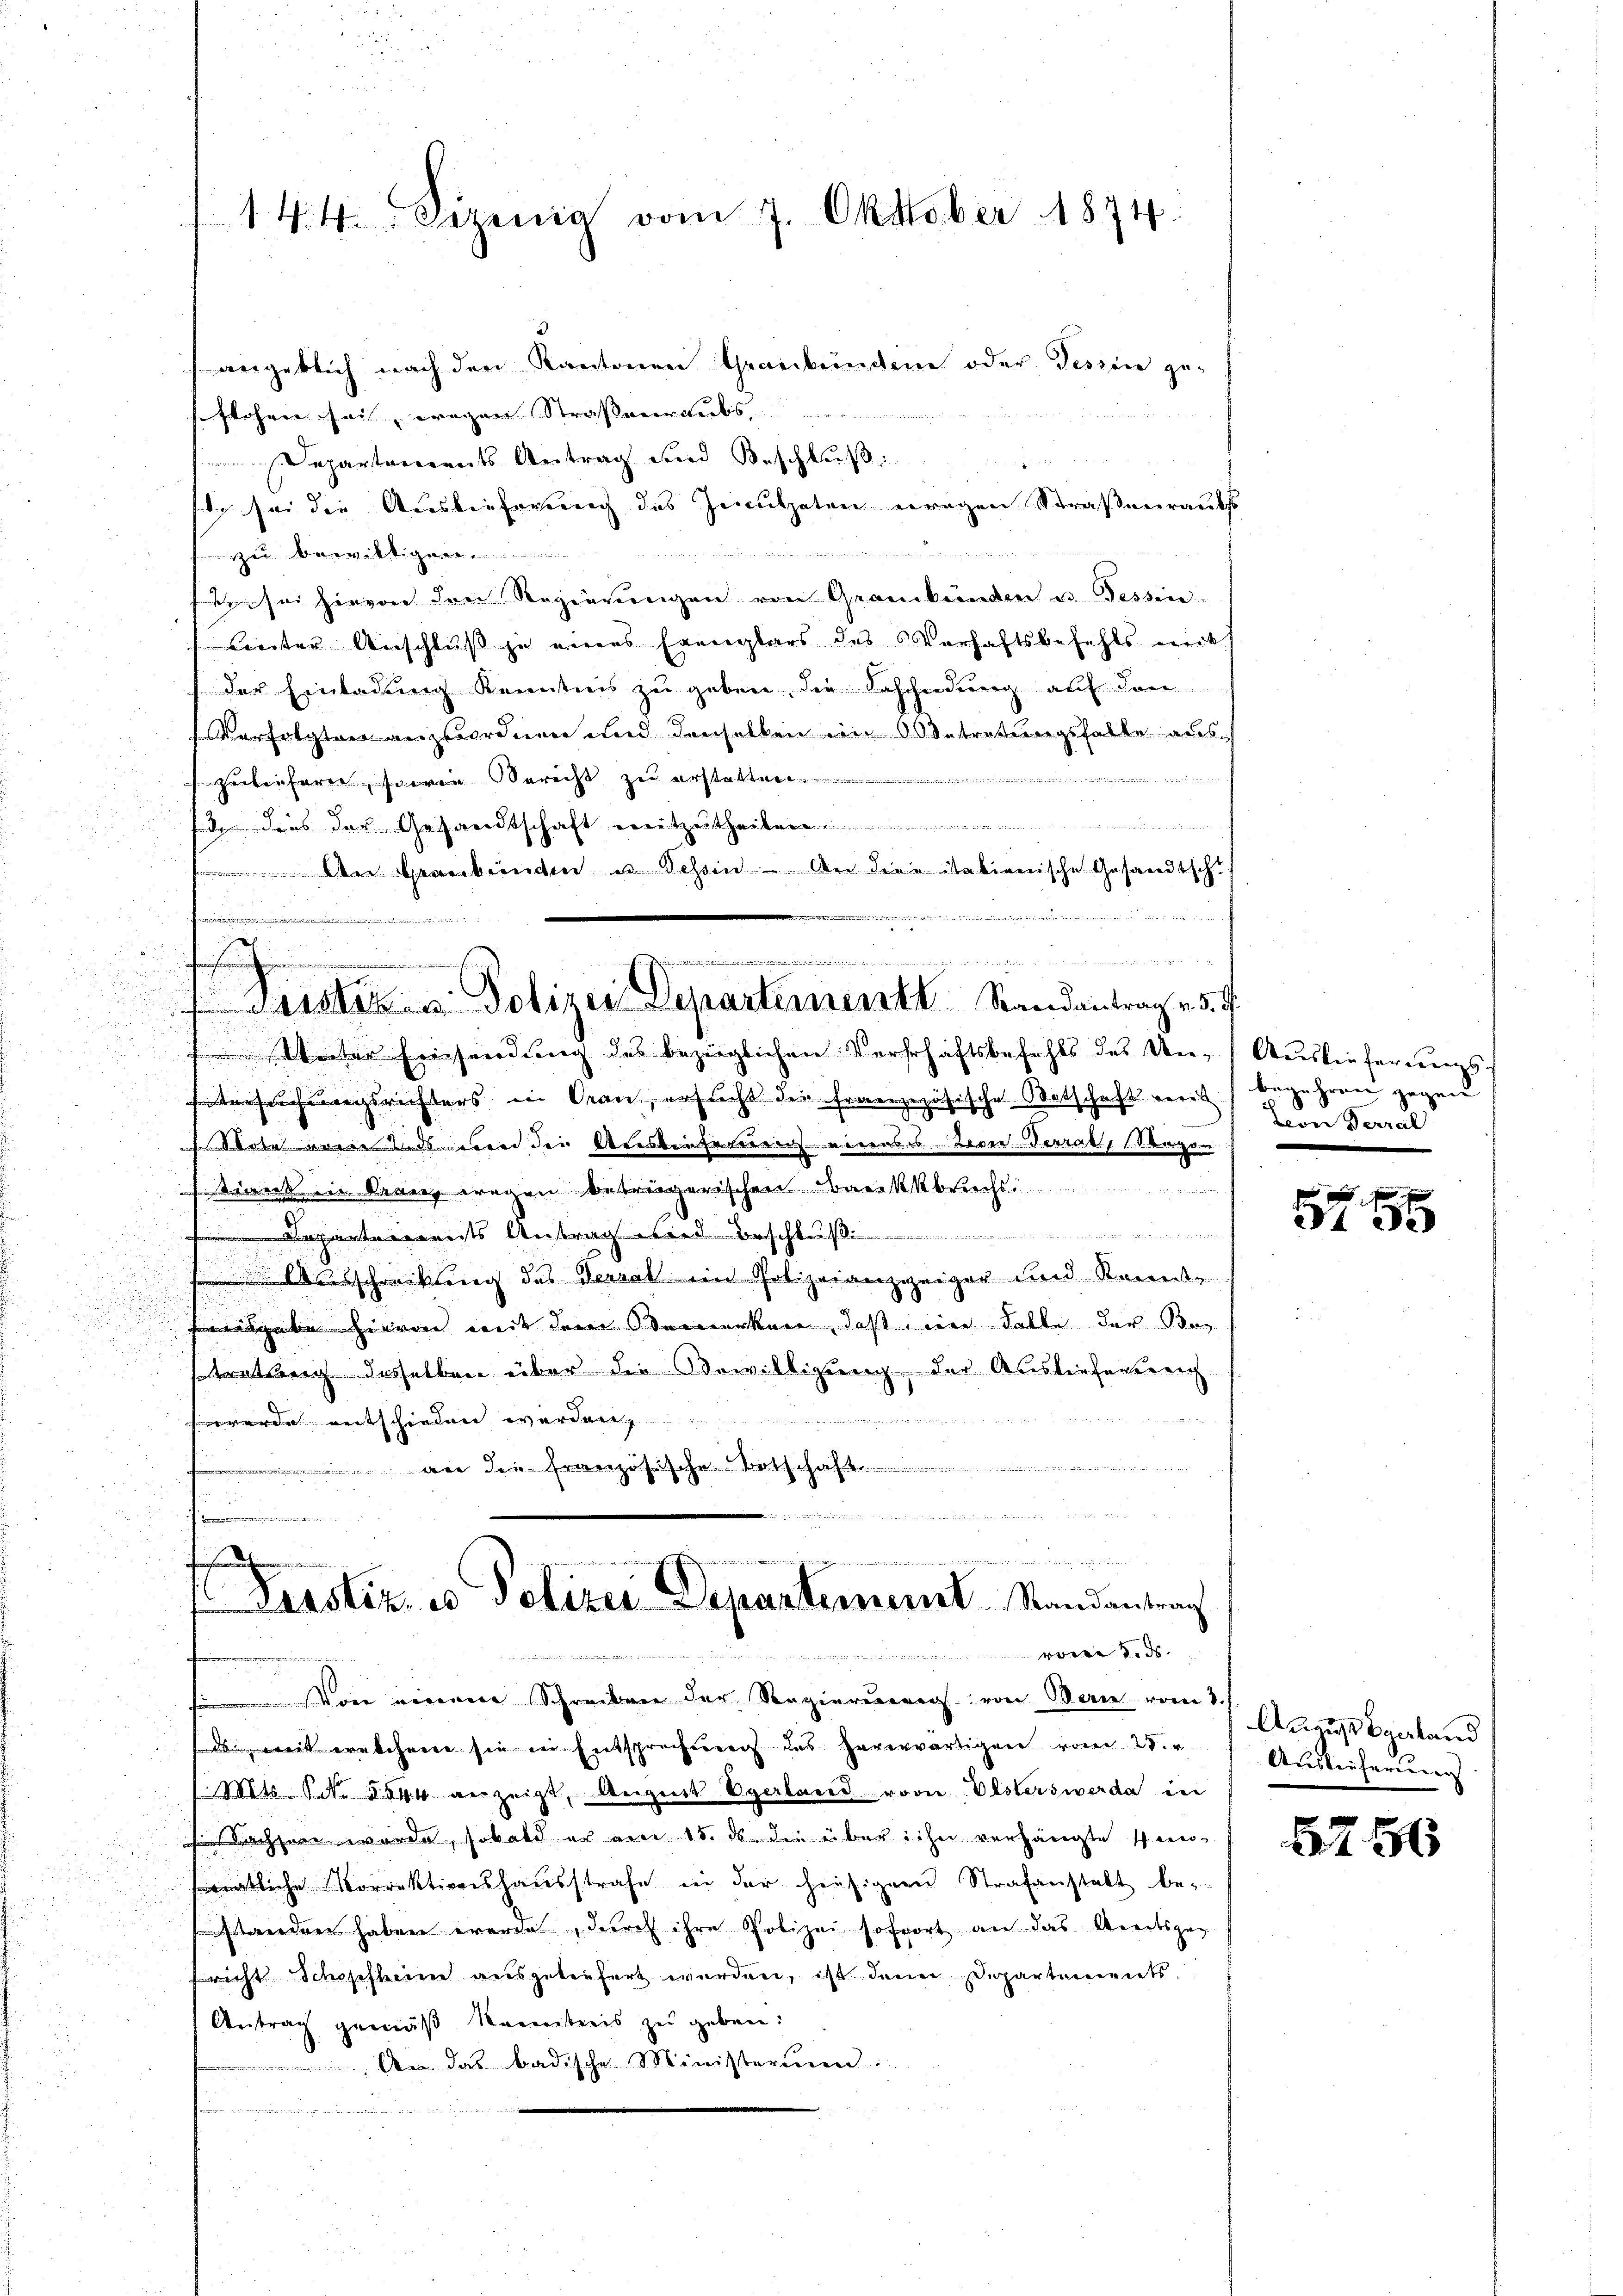
144. Sizenig vom 7. Oktober 1874.

angeblich nach den Kantonen Graubünden oder Tessin ge-
seflohen sei, wegen Straßenraubs,
Departements Antrag und Beschluß
sti sei die Auslieferung des Inculpaten eragen Straßenraubst
 ed in einen
zu bewilligen.
sen sei hievon den Regierungen von Graubünden u. Tessin-
Breiter Anschluß zu eines Ereiglars des Verhaftsbefehls mit
der Einladung kenntnis zu geben, die Bescheidung auf den
Verfolgten anzuordnen und denselben ein Obertretungsfalle aus

zuleitern, sowie Bericht zu erstatten
de dans der Gesandtschaft weitzutheile
2
erbinden u. Tessin. An die itationische Gesandtschuf
d
M .
x
.die
.
 Frister u. Polizei Departement Randantrag v. 5. d.
u
u

 Werter Freihendung des bezeiglichen Verschäftsbefehls des Un-Auslieferungs¬
Entersuchungsrichters in Can, ersucht die französische Botschaft weit begehren gegen
sabet werde und wird der Auskenferenen neuenses Leven Testab 11 angen
teirect ein Kranz wegen betrügerischen Bankkbruchs.
d

antereits Antrag wird beschluß.................
 schreckung des Terrat im Polizeianzzeiger und Kennt¬
Feisgabe hievon mit dem Vermerken, daß wir Falle der Bez
tretung desselben über die Bewilligung der Auslieferereich¬
 werde entschieden werden
an die Französische Vorschaft der
nd in seien den Belle man

22 der war und und wi

ieferung einen
f Gasstiz, in Polizei Departement Randantrag
 wegen d
.Von einem Schreiben der Regierŭng von Man vom 3.

den weit ernehmen sie ein Entsprechung des hererwärtigen vom 28. v
Mts. Art. 8544 anzeigt, August Spaland von Oesterswerde in
seSachsen werde, sobald er am 15. ds. die über ihn verhängte un-
onatliche Vorrektionshaŭsstrafe in der heisiger Strafanstalt be-
standen haben werde, durch ihre Polizei sofort an das Amtsgericht Schopfheimer ausgebenfert werden, ist denen Departements
Antrag gemäß Kenntnis zu geben:
 An das badische Ministerium
meisten wir der eines Landen

Leven Terral

575

Aungsbestand
Auslieferung

6756